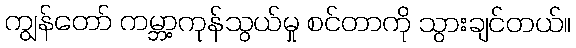
ကျွန်တော် ကမ္ဘာ့ကုန်သွယ်မှု စင်တာကို သွားချင်တယ်။